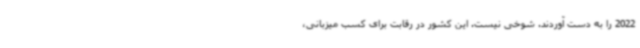
2022 را به دست آوردند. شوخی نیست. این کشور در رقابت برای کسب میزبانی،